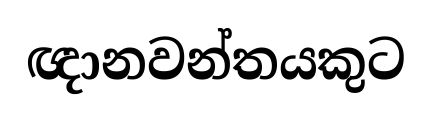
ඥානවන්තයකුට